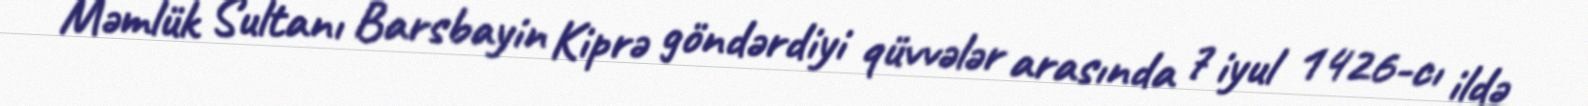
Məmlük Sultanı Barsbayin Kiprə göndərdiyi qüvvələr arasında 7 iyul 1426-cı ildə